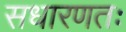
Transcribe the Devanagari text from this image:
सधारणतः